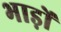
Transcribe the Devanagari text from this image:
भाड़ों